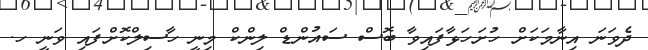
ދެވަނަ އިނާމަކަށް ހުށަހަޅާފައިވާ ބޮސް ސައުންޑް ލިންކް މިނީ ހާސިލްކޮށްފައި ވަނީ ހ.